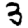
Digit: 3